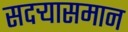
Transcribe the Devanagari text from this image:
सदर्‍यासमान